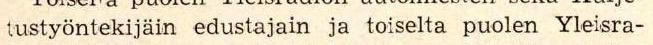
tustyöntekijäin edustajain ja toiselta puolen Yleisra-